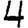
Digit: 4